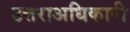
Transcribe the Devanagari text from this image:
उत्तराअधिकारी